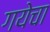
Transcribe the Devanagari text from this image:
गयेचा